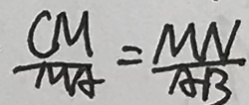
\frac { C M } { M A } = \frac { M N } { A B }